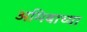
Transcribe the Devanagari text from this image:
अमिबाच्या